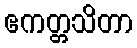
ဧကတ္တသိတာ